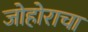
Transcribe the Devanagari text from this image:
जोहोराचा